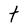
Character: t